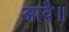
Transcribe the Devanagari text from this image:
आवै॥